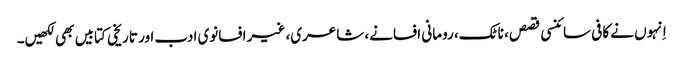
اِنہوں نے کافی سائنسی قصص، ناٹک، رومانی افسانے، شاعری، غیر افسانوی ادب اور تاریخی کتابیں بھی لکھیں۔